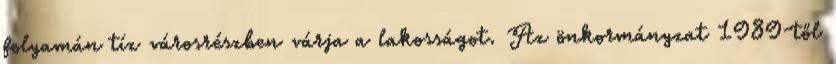
folyamán tíz városrészben várja a lakosságot. Az önkormányzat 1989-től